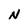
Character: N